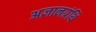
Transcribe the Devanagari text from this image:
अज्ञानग्रंथि